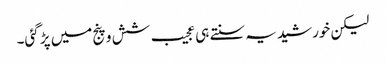
لیکن خورشید یہ سنتے ہی عجیب شش و پنج میں پڑ گئی۔